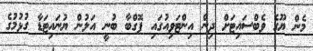
މެން ޔޫގެ ވެބްސައިޓަށް ދިން އިންޓަވިއުގައި ޕޮގްބާ ބުނީ އަލުން ޔުނައިޓަޑާ ގުޅުމުގެ